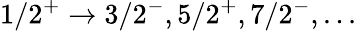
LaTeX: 1/2^{+}\to 3/2^{-},5/2^{+},7/2^{-},...